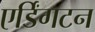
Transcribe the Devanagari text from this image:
एर्डिंगटन